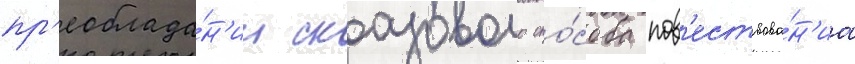
пр'еоблада́н'ии сказового спо́соба пов'ествова́н'иа